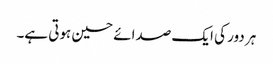
ہر دور کی ایک صدائے حسین ہوتی ہے۔